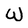
Character: w